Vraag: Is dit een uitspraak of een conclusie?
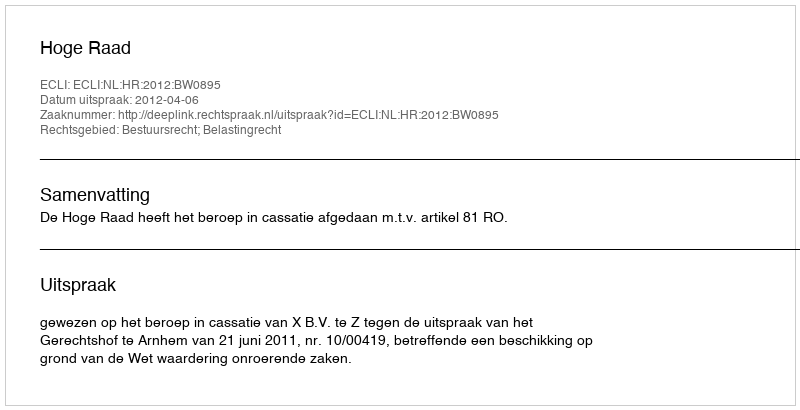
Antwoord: Uitspraak